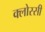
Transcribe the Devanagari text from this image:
क्लोस्सी